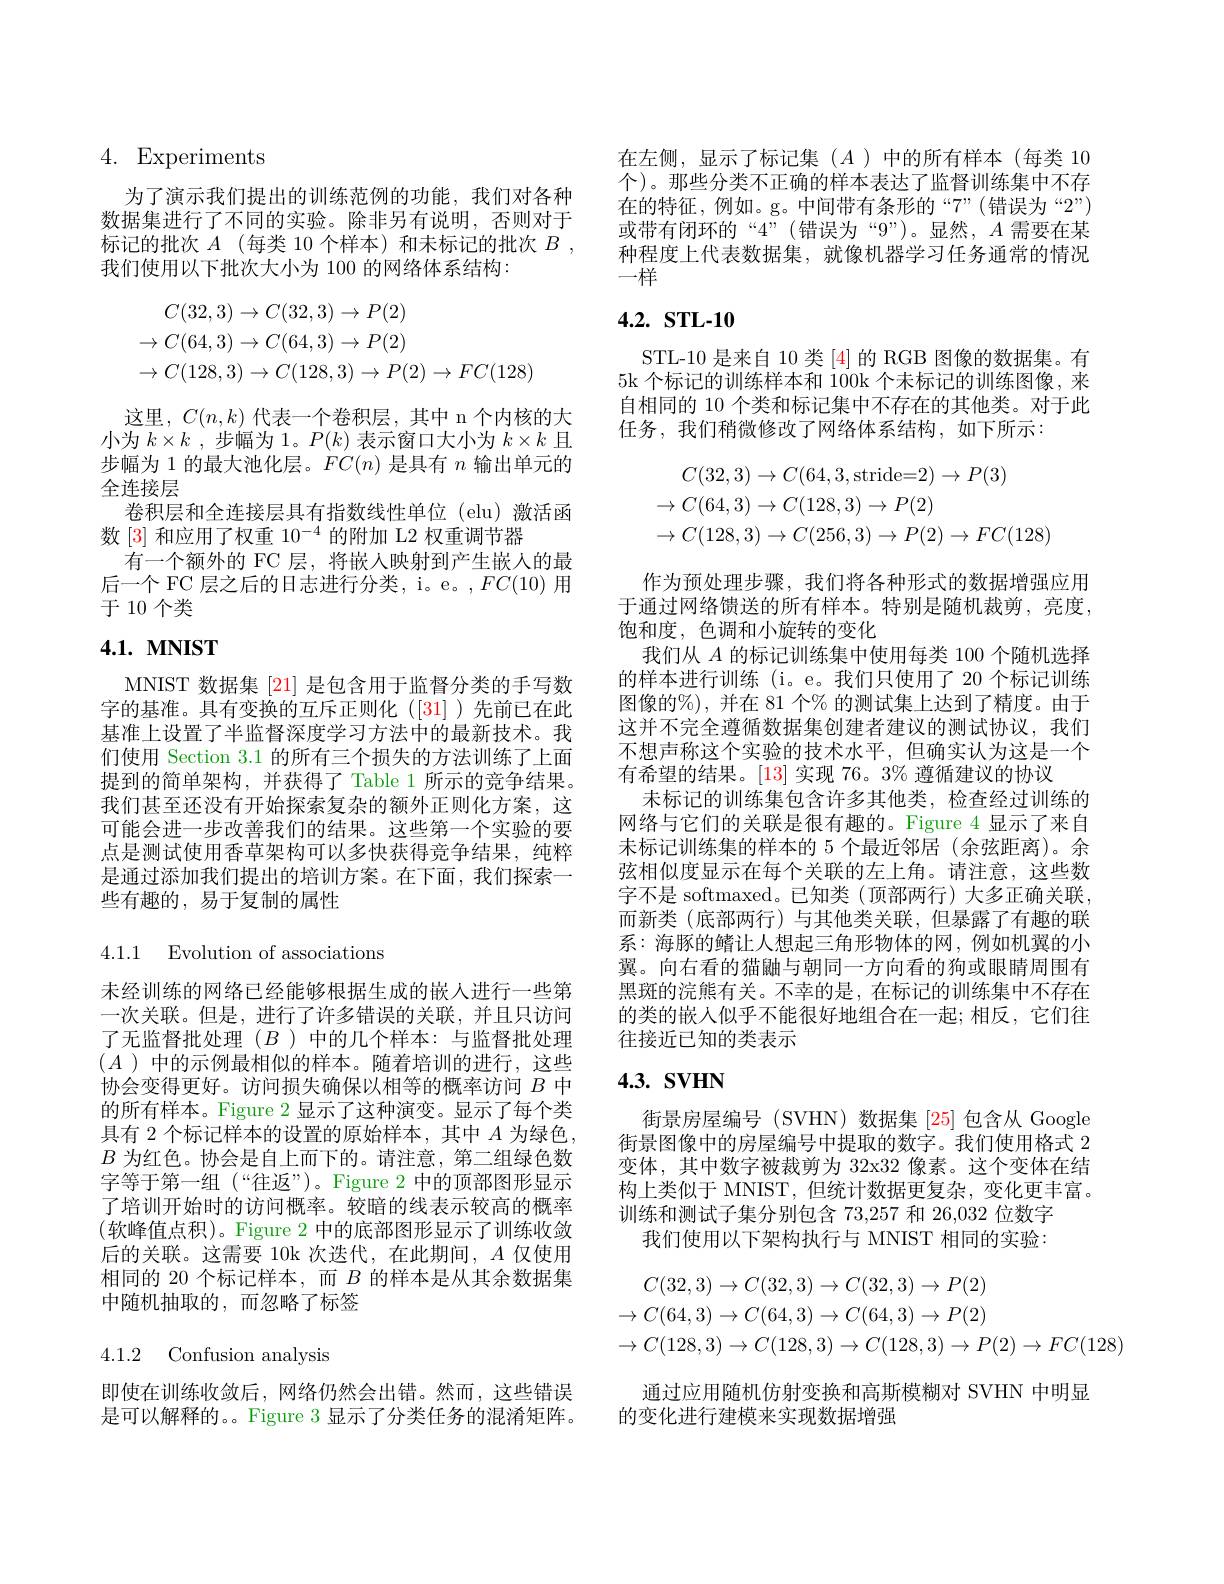
# 4. Experiments

为了演示我们提出的训练范例的功能，我们对各种数据集进行了不同的实验。除非另有说明，否则对于标记的批次$A$ (每类 10 个样本)和未标记的批次$B$, 我们使用以下批次大小为 100 的网络体系结构：
$$\begin{aligned}&C(32,3)\to C(32,3)\to P(2)\\&\to C(64,3)\to C(64,3)\to P(2)\\&\to C(128,3)\to C(128,3)\to P(2)\to FC(128)\end{aligned}$$
这里，$C(n,k)$代表一个卷积层，其中 n 个内核的大小为$k\times k$ ,步幅为 1。$P(k)$表示窗口大小为$k\times k$且步幅为 1 的最大池化层。$FC(n)$是具有$n$输出单元的全连接层
卷积层和全连接层具有指数线性单位(elu)激活函
数 [3] 和应用了权重 10$^-4$的附加 L2 权重调节器
有一个额外的 FC 层，将嵌人映射到产生嵌人的最后一个 FC 层之后的日志进行分类，i。e。,$FC(10)$用于 10 个类

# 4.1. MNIST

MNIST 数据集 [21] 是包含用于监督分类的手写数字的基准。具有变换的互斥正则化([31])先前已在此基准上设置了半监督深度学习方法中的最新技术。我们使用 Section 3.1 的所有三个损失的方法训练了上面提到的简单架构，并获得了 Table 1 所示的竞争结果。我们甚至还没有开始探索复杂的额外正则化方案，这可能会进一步改善我们的结果。这些第一个实验的要点是测试使用香草架构可以多快获得竞争结果，纯粹是通过添加我们提出的培训方案。在下面，我们探索一些有趣的，易于复制的属性

4.1.1 Evolution of associations

未经训练的网络已经能够根据生成的嵌人进行一些第一次关联。但是，进行了许多错误的关联，并且只访问了无监督批处理($B$ )中的几个样本：与监督批处理$(A$ )中的示例最相似的样本。随着培训的进行，这些协会变得更好。访问损失确保以相等的概率访问$B$中的所有样本。Figure 2 显示了这种演变。显示了每个类具有 2 个标记样本的设置的原始样本，其中$A$为绿色， $B$为红色。协会是自上而下的。请注意，第二组绿色数字等于第一组 (“往返”)。Figure 2 中的顶部图形显示了培训开始时的访问概率。较暗的线表示较高的概率(软峰值点积)。Figure 2 中的底部图形显示了训练收敛后的关联。这需要 10k 次迭代，在此期间，$A$仅使用相同的 20 个标记样本，而$B$的样本是从其余数据集中随机抽取的，而忽略了标签

4.1.2 Confusion analysis

即使在训练收敛后，网络仍然会出错。然而，这些错误是可以解释的。。Figure 3 显示了分类任务的混淆矩阵。

在左侧，显示了标记集(A)中的所有样本(每类 10个)。那些分类不正确的样本表达了监督训练集中不存在的特征，例如。g。中间带有条形的“7”(错误为“2”) 或带有闭环的“4”(错误为“9”)。显然，$A$需要在某种程度上代表数据集，就像机器学习任务通常的情况一样

# $4. 2. \textbf{ STL- 10}$

STL-10 是来自 10 类 [4] 的 RGB 图像的数据集。有5k 个标记的训练样本和 100k 个未标记的训练图像，来自相同的 10 个类和标记集中不存在的其他类。对于此任务，我们稍微修改了网络体系结构，如下所示：
$$\begin{aligned}&C(32,3)\to C(64,3,\text{stride=2})\to P(3)\\&\to C(64,3)\to C(128,3)\to P(2)\\&\to C(128,3)\to C(256,3)\to P(2)\to FC(128\end{aligned}$$
作为预处理步骤，我们将各种形式的数据增强应用于通过网络馈送的所有样本。特别是随机裁剪，亮度， 饱和度，色调和小旋转的变化
我们从$A$的标记训练集中使用每类 100 个随机选择的样本进行训练(i。e。我们只使用了 20 个标记训练图像的%),并在 81 个% 的测试集上达到了精度。由于这并不完全遵循数据集创建者建议的测试协议，我们不想声称这个实验的技术水平，但确实认为这是一个有希望的结果。[13] 实现 76。3% 遵循建议的协议
未标记的训练集包含许多其他类，检查经过训练的网络与它们的关联是很有趣的。Figure 4 显示了来自未标记训练集的样本的 5 个最近邻居 (余弦距离)。余弦相似度显示在每个关联的左上角。请注意，这些数字不是 softmaxed。已知类(顶部两行)大多正确关联， 而新类(底部两行)与其他类关联，但暴露了有趣的联系：海豚的鳍让人想起三角形物体的网，例如机翼的小翼。向右看的猫鼬与朝同一方向看的狗或眼睛周围有黑斑的浣熊有关。不幸的是，在标记的训练集中不存在的类的嵌入似乎不能很好地组合在一起；相反，它们往往接近已知的类表示

## $4. 3. \textbf{ SVHN}$

街景房屋编号 (SVHN) 数据集 [25] 包含从 Google 街景图像中的房屋编号中提取的数字。我们使用格式 2变体，其中数字被裁剪为 32x32 像素。这个变体在结构上类似于 MNIST,但统计数据更复杂，变化更丰富。训练和测试子集分别包含 73,257 和 26,032 位数字
我们使用以下架构执行与 MNIST 相同的实验：
$$\begin{aligned}C(32,3)&\to C(32,3)\to C(32,3)\to P(2)\\\to C(64,3)&\to C(64,3)\to C(64,3)\to P(2)\\\to C(128,3)&\to C(128,3)\to C(128,3)\to P(2)\to FC(128)\end{aligned}$$
通过应用随机仿射变换和高斯模糊对 SVHN 中明显
的变化进行建模来实现数据增强